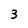
Character: 3